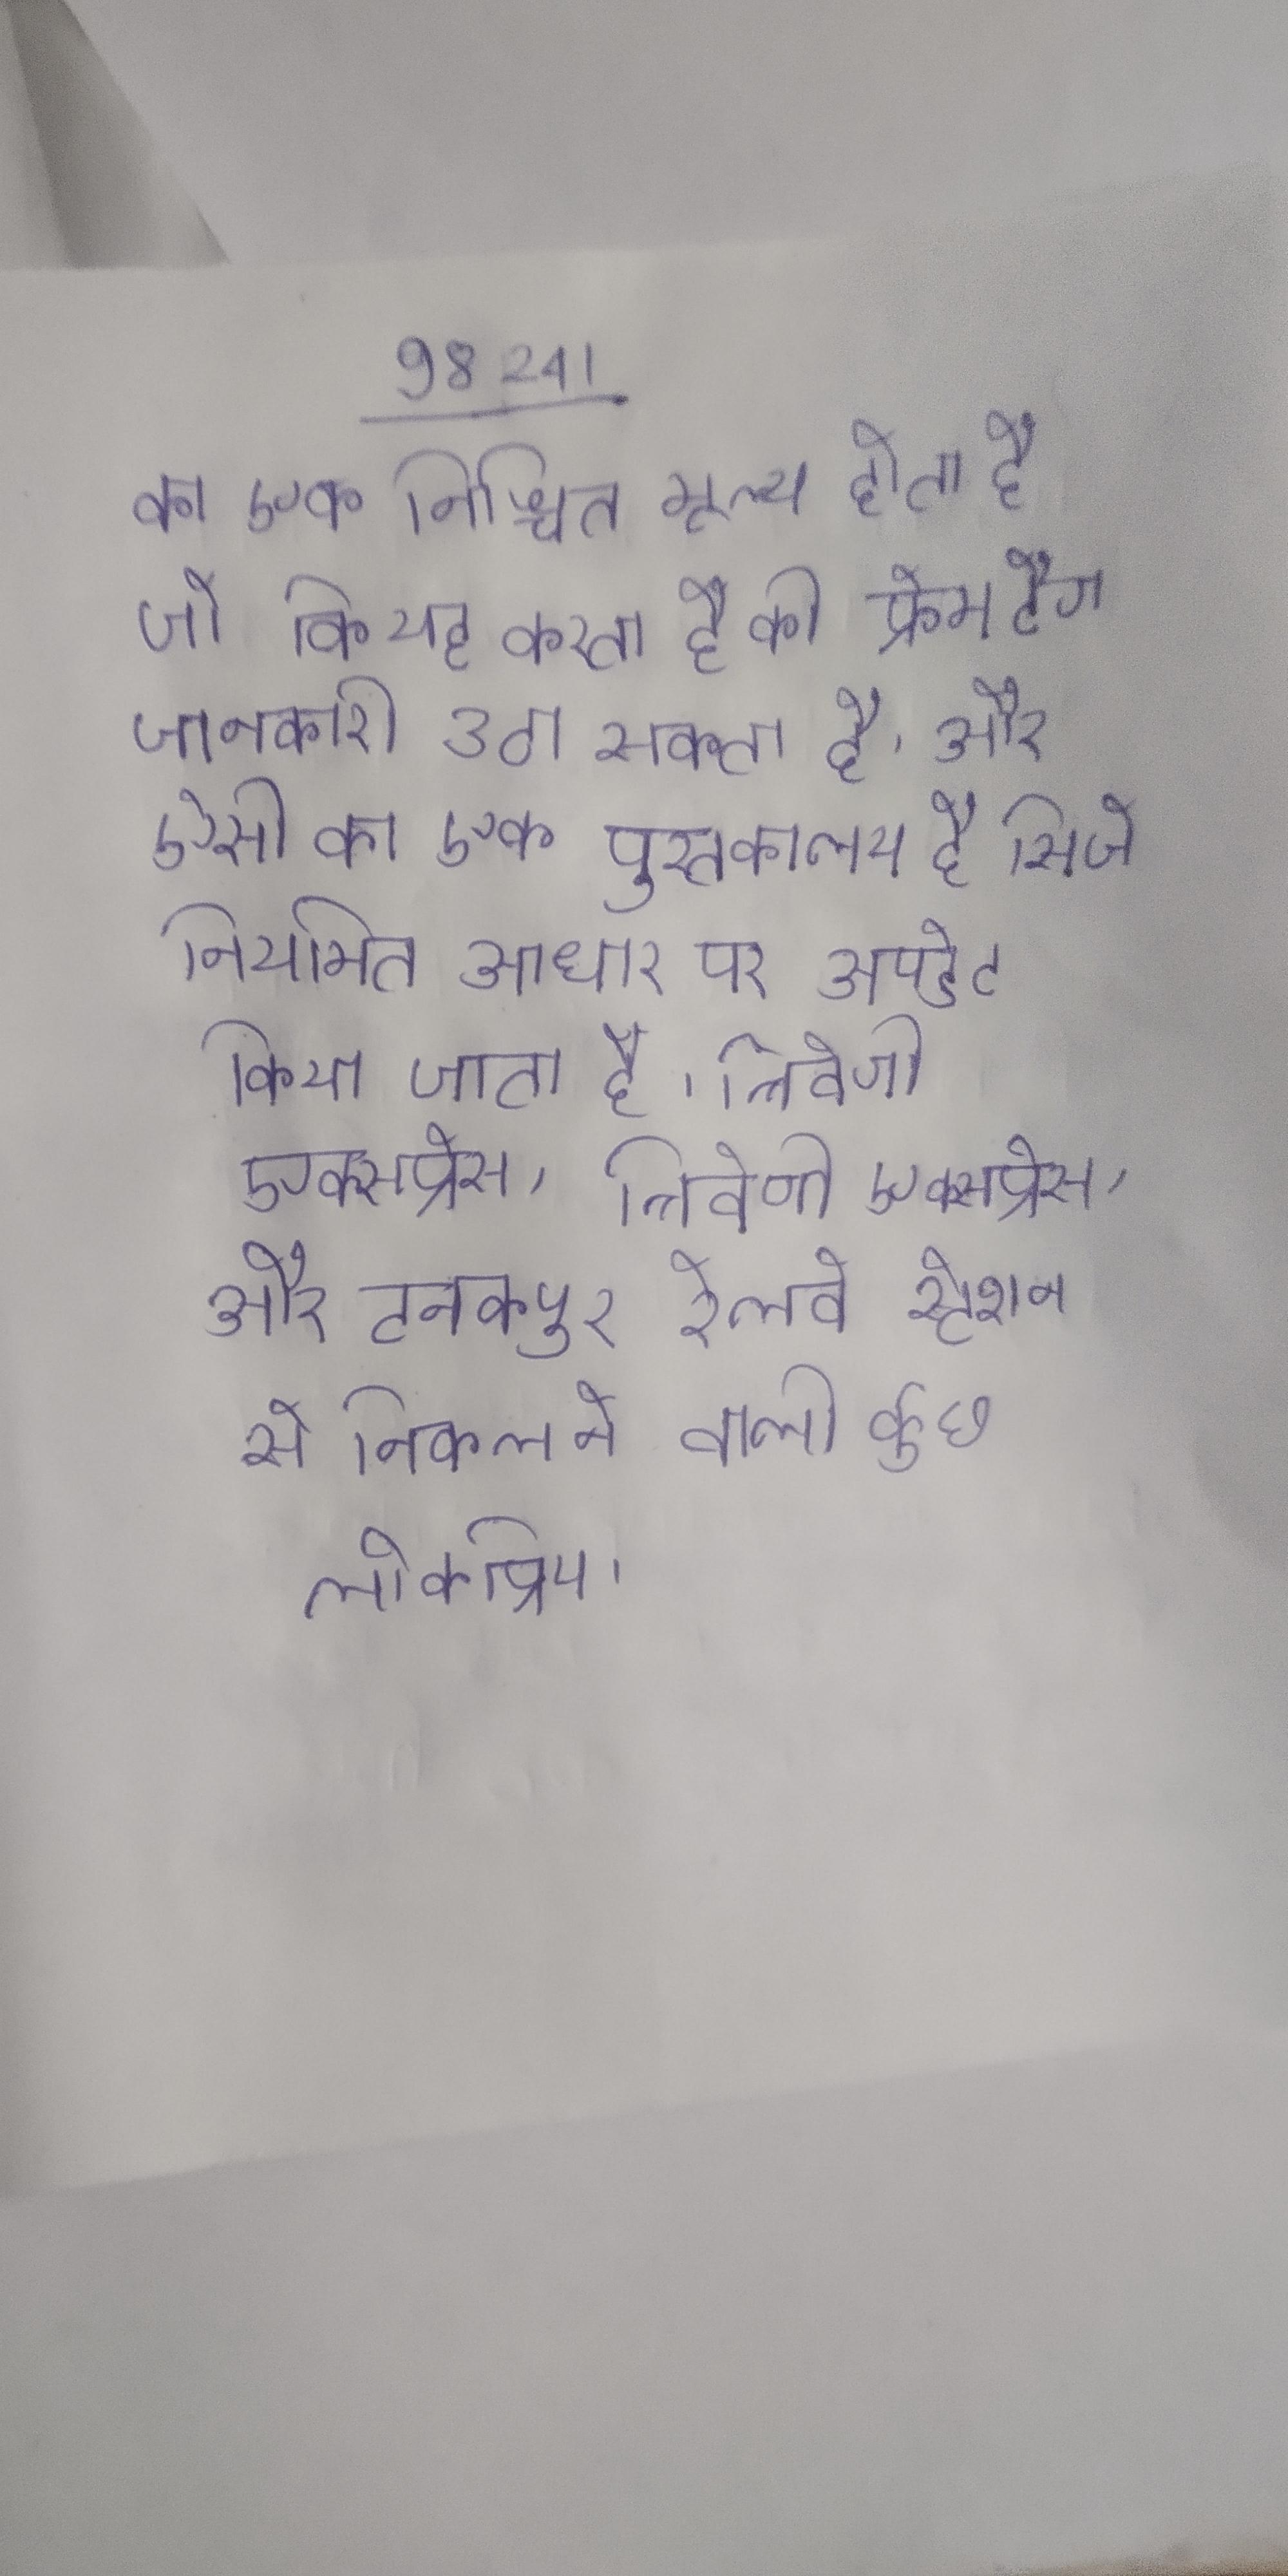
का एक निश्चित मूल्य होता है जो कि यह करता है कि फ्रेम टैग जानकारी उठा सकता है । और ऐसी का एक पुस्तकालय है जिसे नियमित आधार पर अपडेट किया जाता है । त्रिवेणी एक्सप्रेस, त्रिवेणी एक्सप्रेस, और टनकपुर एक्सप्रेस टनकपुर रेलवे स्टेशन से निकलने वाली कुछ लोकप्रिय ।